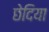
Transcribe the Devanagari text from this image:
छेदिया